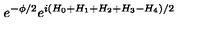
e ^ { - \phi / 2 } e ^ { i ( H _ { 0 } + H _ { 1 } + H _ { 2 } + H _ { 3 } - H _ { 4 } ) / 2 }